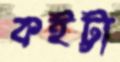
কইট্টা